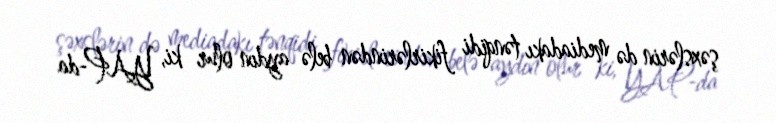
şəxslərin də mediadakı tənqidi fikirlərindən belə aydın olur ki, YAP-da